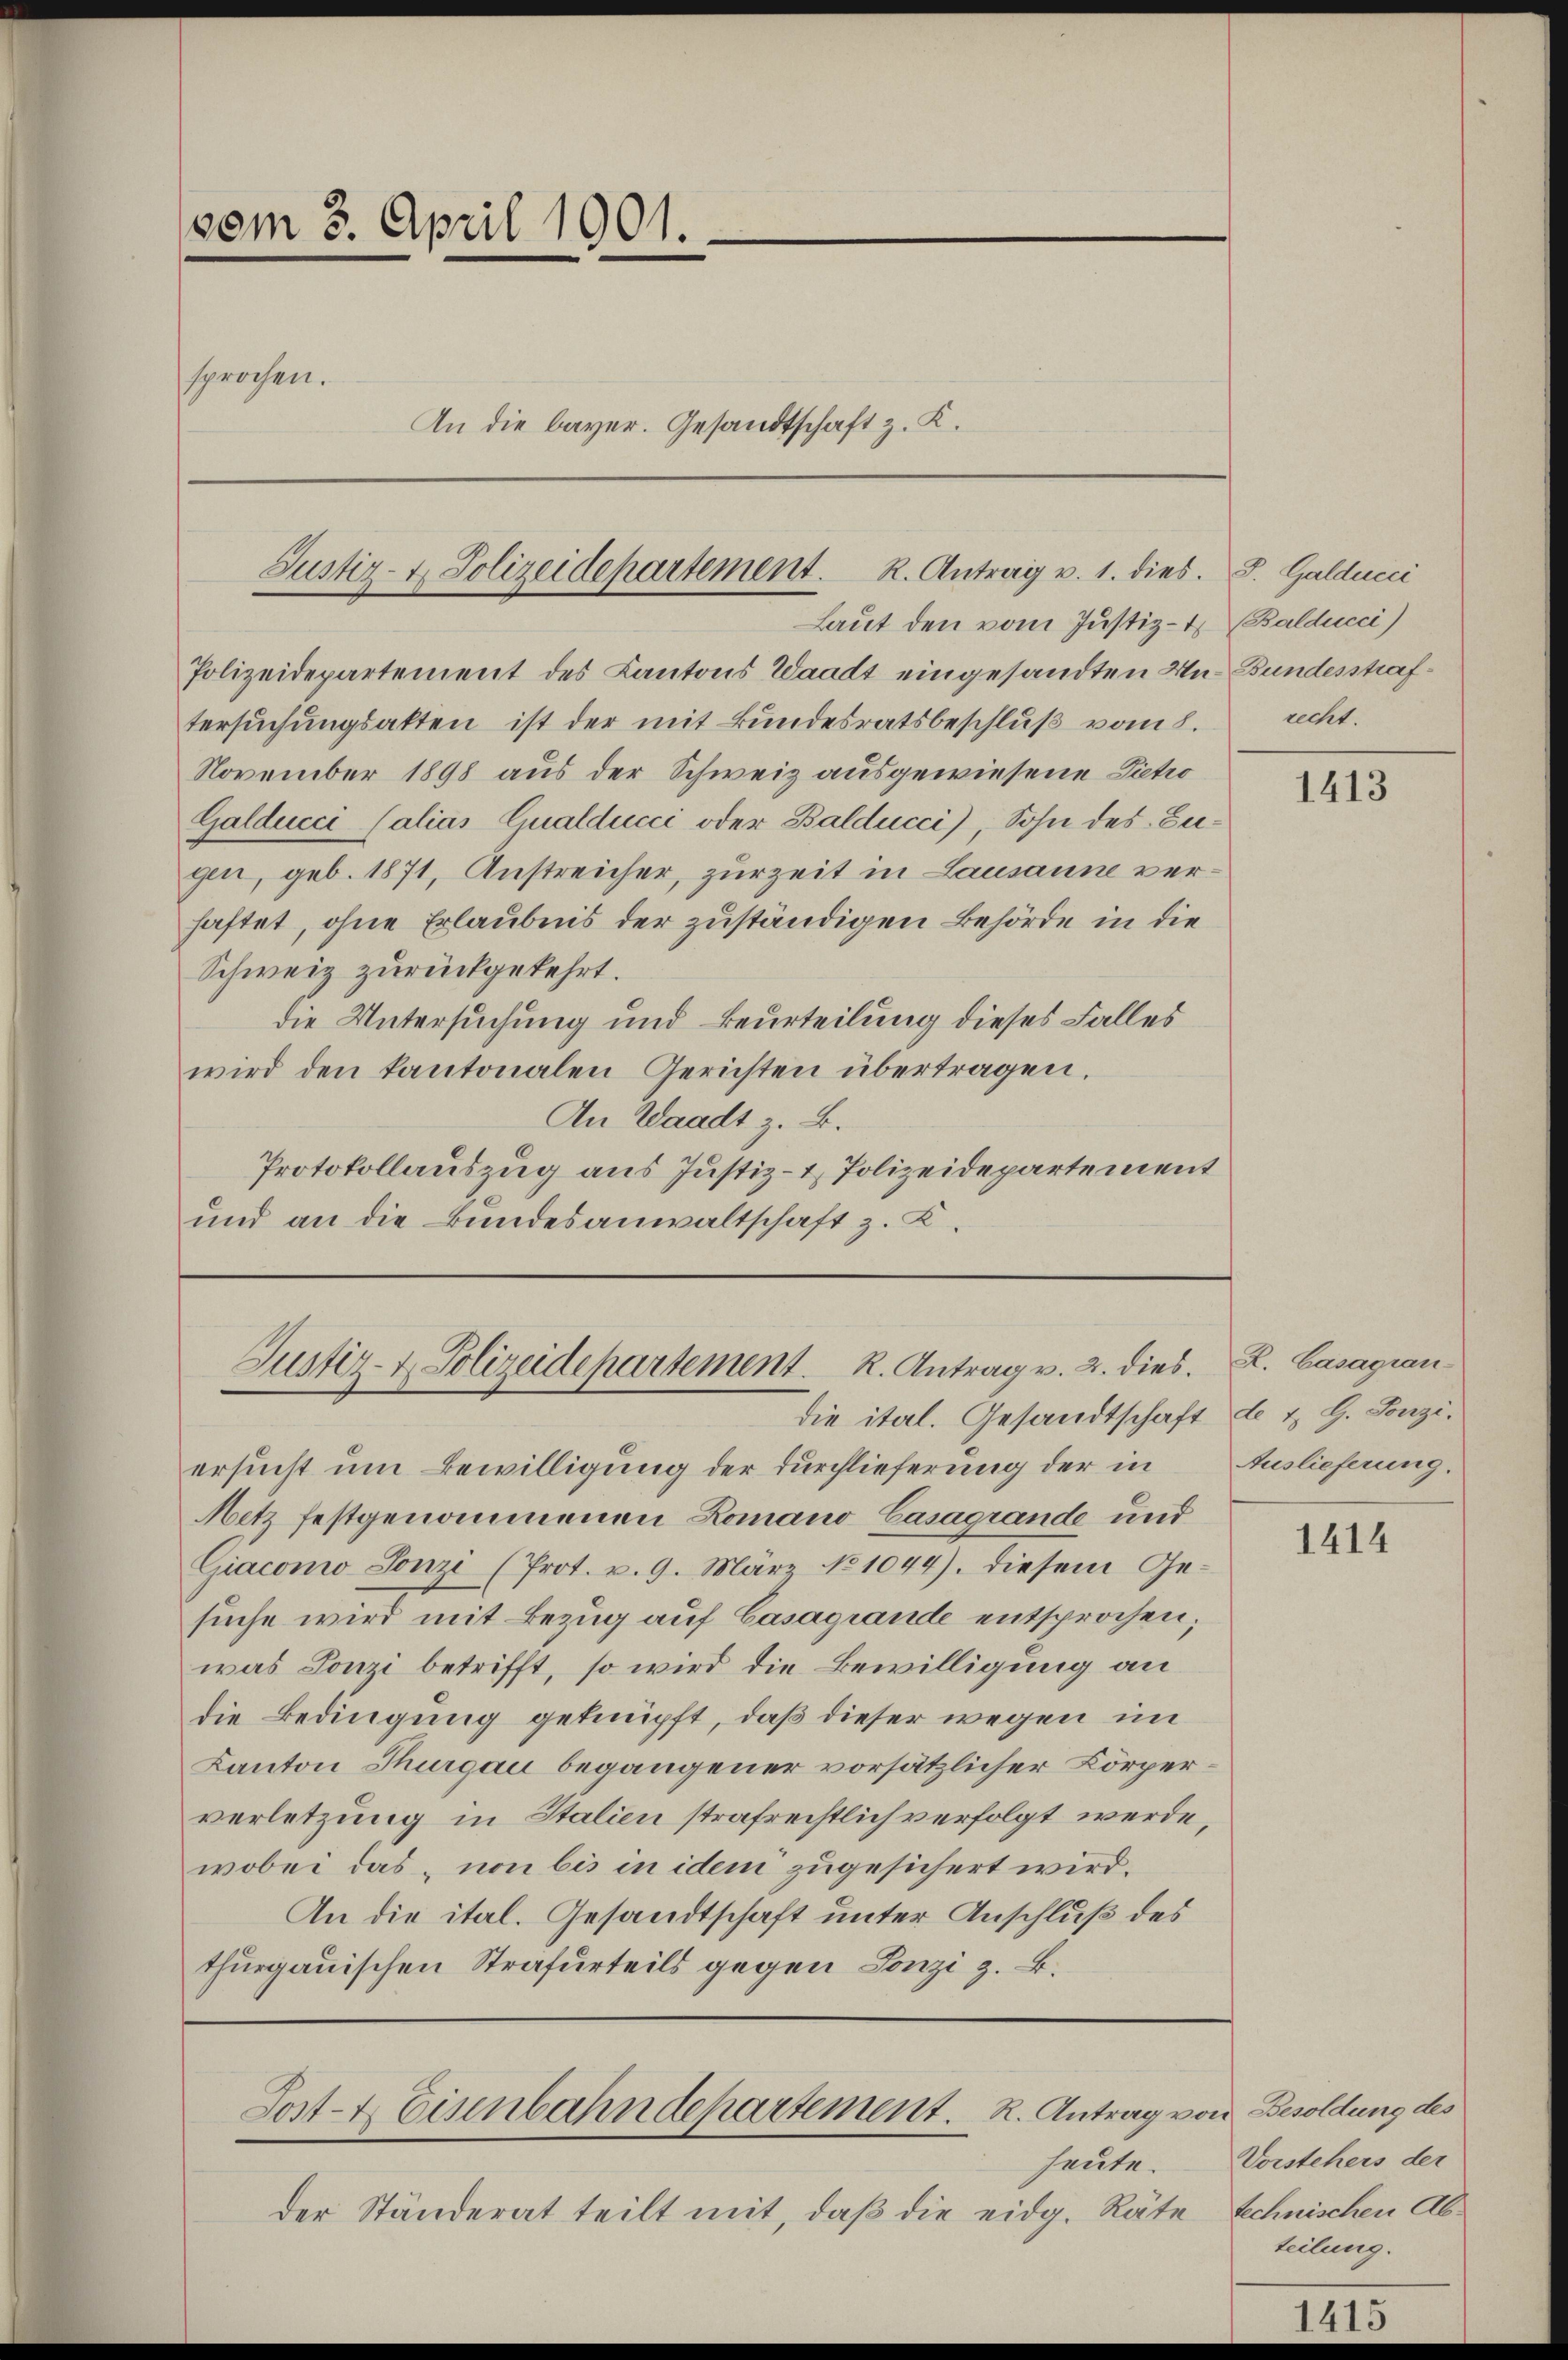
vom 3. April 1901.
sprochen.
An die bayer. Gesandtschaft z. K.

Justiz- & Polizeidepartement. R. Antrag v. 1. dies
Laut den vom Justiz- & Balducci)

Polizeidepartement des Kantons Waadt eingesandten Untersuchungsakten ist der mit Bundesratsbeschluß vom 8.
November 1898 aus der Schweiz ausgewiesene Pietro
Galducci (alias Qualducci oder Balducci), Sohn des Zugen, geb. 1871, Anstreicher, zurzeit in Lausanne verhaftet, ohne Erlaubnis der zuständigen Behörde in die
Schweiz zurückgekehrt.
die Untersuchung und Beurteilung dieses Falles
wird den kantonalen Gerichten übertragen.
An Waadt z. B.
Protokollauszug aus Justiz- & Polizeidepartement
und an die Bundesanwaltschaft z. K.

Justiz- & Polizeidepartement. R. Antrag v. 2. dies
die ital. Gesandtschaft de & G. Tonzi¬

Post- & Eisenbahndepartement. R. Antrag von Besoldung des

ersucht um Bewilligung der Durchlieferung der in Auslieferung.
Netz festgenommenen Romano Casagrande und
Giacomo Lonzi (Prot. v. 9. März No 1044). Diesem Gesuche wird mit Bezug auf Casagrande entsprochen;
was Ponzi betrifft, so wird die Bewilligung an
die Bedingung geknüpft, daß dieser wegen im
Kanton Thurgau begangener vorsätzlicher Körperverletzung in Italien strafrechtlich verfolgt werde,
wobei das „non bis in idem zugesichert wird.
An die ital. Gesandtschaft unter Anschluß des
thurgauischen Strafurteils gegen Lonzi z. B.

heute.
der Ständerat teilt mit, daß die eidg. Räte

S. Galdecci
Bundesstrafrecht.

1413

K. Casagran-

1414

Vorstehers der
technischen Abteilung.